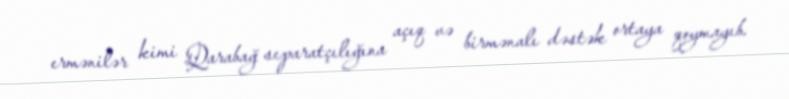
ermənilər kimi Qarabağ separatçılığına açıq və birmənalı dəstək ortaya qoymayıb.